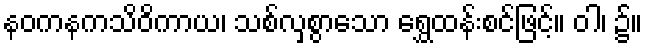
နဝကနကသိဝိကာယ၊ သစ်လှစွာသော ရွှေထန်းစင်ဖြင့်။ ဝါ၊ ၌။